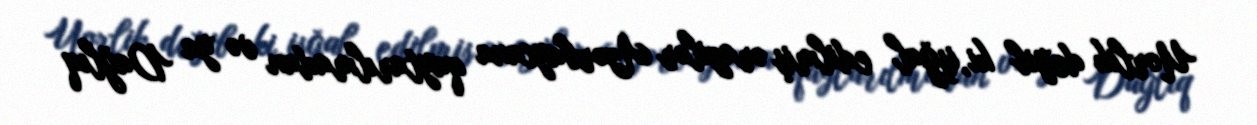
Uorlik deyib ki, işğal edilmiş ərazilər Azərbaycana qaytarılmadan və ya Dağlıq